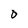
Character: O